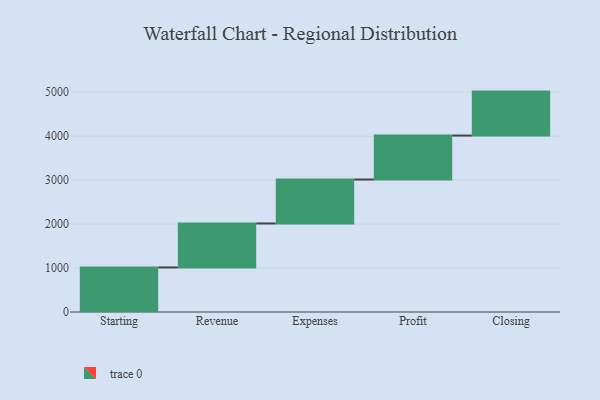
{"axis": {"x": "Step", "y": "Value"}, "legend": [""], "data": [{"x": "Starting", "y": 1014.0, "type": ""}, {"x": "Revenue", "y": 1000, "type": ""}, {"x": "Expenses", "y": 1000, "type": ""}, {"x": "Profit", "y": 1000, "type": ""}, {"x": "Closing", "y": 1000, "type": ""}]}